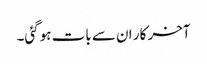
آخر کار ان سے بات ہوگئی۔